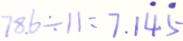
7 8 . 6 \div 1 1 = 7 . 1 \dot { 4 } \dot { 5 }